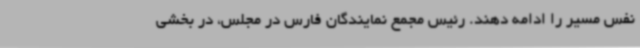
نفس مسیر را ادامه دهند. رئیس مجمع نمایندگان فارس در مجلس، در بخشی